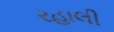
રહાલી